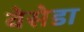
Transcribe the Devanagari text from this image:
वेसेडा